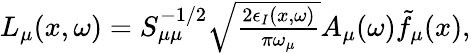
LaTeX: \begin{array}{r}{L_{\mu}(x,\omega)=S_{\mu\mu}^{-1/2}\sqrt{\frac{2\epsilon_{I}(x,\omega)}{\pi\omega_{\mu}}}A_{\mu}(\omega)\tilde{f}_{\mu}(x),}\end{array}